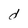
Character: d